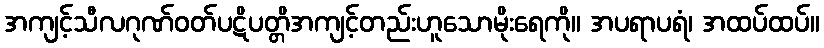
အကျင့်သီလဂုဏ်ဝတ်ပဋိပတ္တိအကျင့်တည်းဟူသောမိုးရေကို။ အပရာပရံ၊ အထပ်ထပ်။